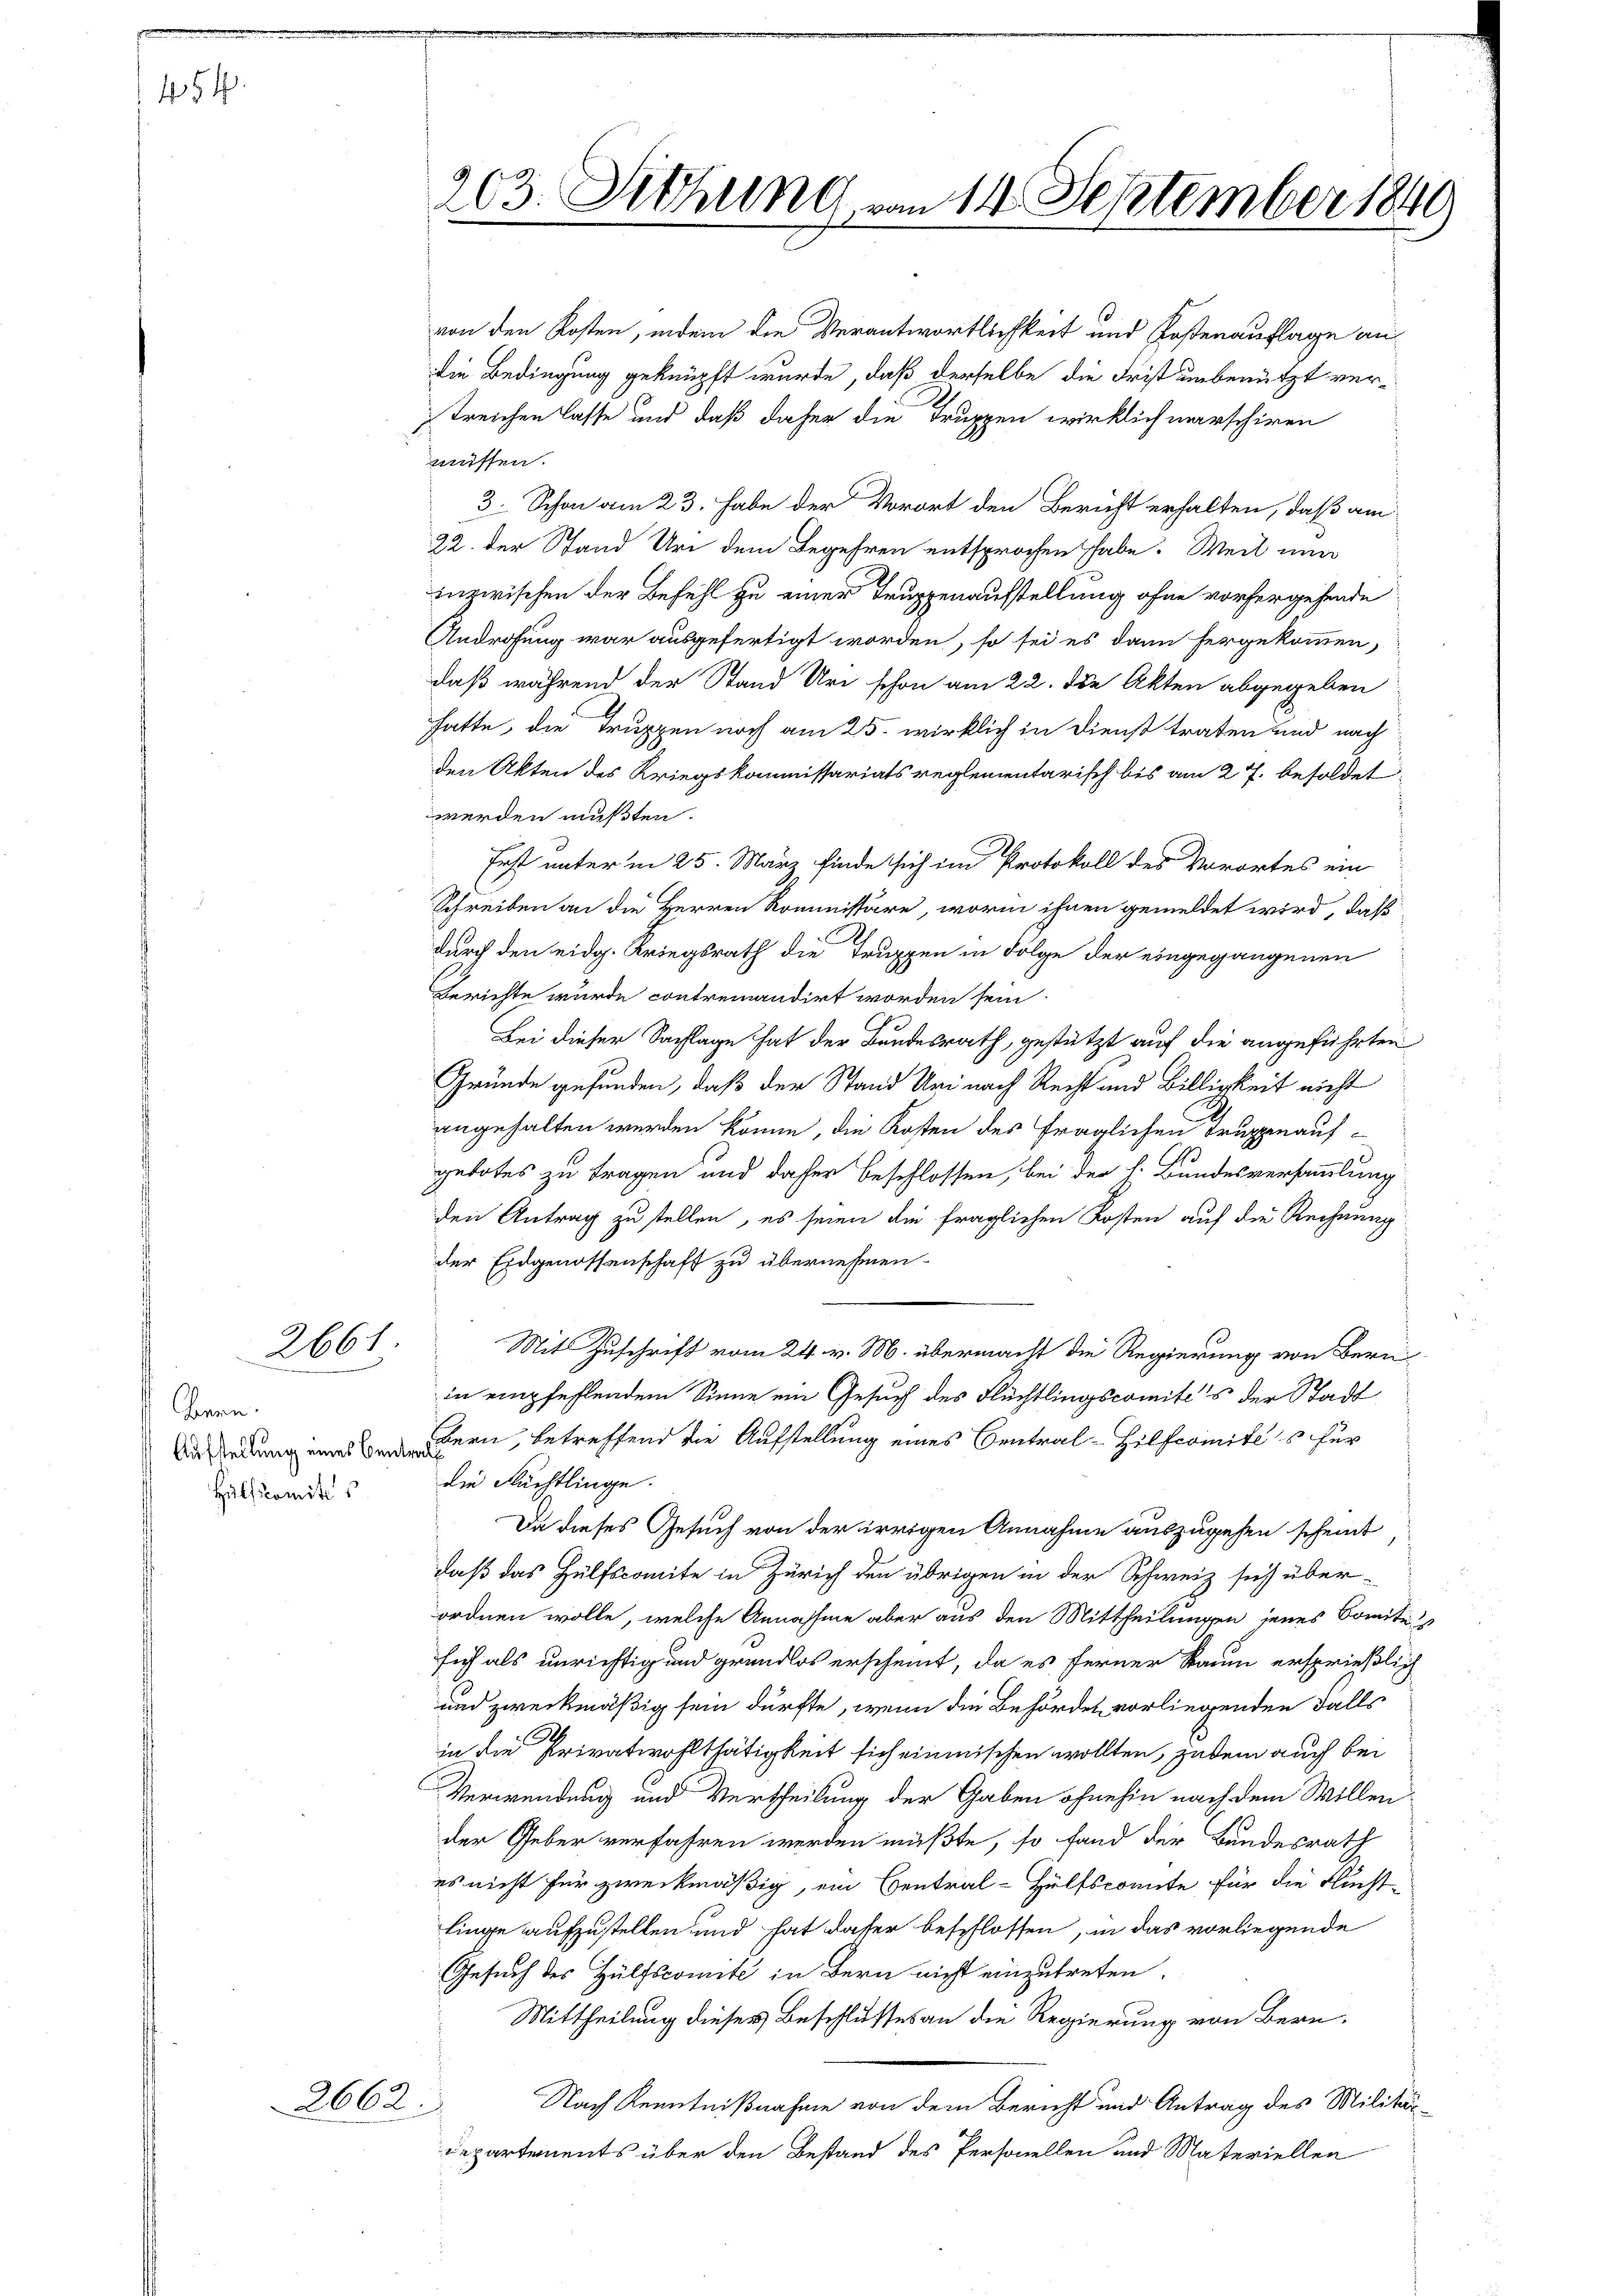
454.

2661

bonnen.
Hülfscomites

von den Kosten, indem die Verantwortlichkeit und Kostenauflage an
die Bedingung geknüpft wurde, daß derselbe die Frist unbenutzt vertreichen lasse und daß daher die Truppen wirklich marschiren
müssen.
3. Schon am 23. habe der Vorort den Bericht erhalten, daß am
22. der Stand Uri dem Begehren entsprochen habe. Weil nun
inzwischen der Befehl zu einer Truppenausstellung ohne vorhergehende
Androhung war ausgefertigt worden, so sei es dann hergekommen,
daß während der Stand Uri schon am 22. Die Akten abgegeben
hatte, die Truppen noch am 25. wirklich in Dienst traten und nach
den Akten des Kriegskommissariats reglementarisch bis am 27. besoldet
werden mußten.
Erst unter in 25. März finde sich im Protokoll des Vorortes ein
Schreiben an die Herren Roministäre, worin ihnen gemeldet wird, daß
durch den eidg. Kriegsrath die Truppen in Folge der eingegangenen
Berichte wurde contremandirt worden sein.
Bei dieser Sachlage hat der Bundesrath, gestützt auf die angeführten
Gründe gefunden, daß der Stand Uri nach Recht und Billigkeit nicht
angehalten werden könne, die Kosten des fraglichen Truppenaufgebotes zu tragen und daher beschlossen, bei der h. Bundesversammlung
den Antrag zu stellen, es seien die fraglichen Kosten auf die Rechnung
der Eidgenossenschaft zu übernehmen.
Mit Zuschrift vom 24. v. M. übermacht die Regierung von Bern
in empfehlendem Sinne ein Gesuch des Flüchtlingscomités der Stadt
D dedung in Bern, betreffend die Aufstellung eines Central- Hilfcomites für
die Flächtlinge.
Da dieses Gesuch von der irrigen Annahme auszugehen scheint
daß das Hülfscomite in Zürich den übrigen in der Schweiz sich über-
ordnen wolle, welche Annahme aber aus den Mittheilungen jenes Comite
sich als unrichtig und grundlos erscheint, da es ferner Raum ersprießlich
und zweckmäßig sein dürfte, wenn die Behörden vorliegenden Falls
.
in die Privatwohlthätigkeit sich einmischen wollten, jedem auch bei
Verwendung und Vertheilung der Gaben ohnehin nach dem Willen
der Geber verfahren werden müßte, so fand der Bundesrath
es nicht für zweckmäßig, ein Central-Hülfscomite für die Flucht-
linge aufzustellen und hat daher beschlossen, in das vorliegende
Gesuch des Hülfscomite in Bern nicht einzutreten.
Mittheilung dieses Beschlusses an die Regierung von Bern,
Nach Kenntnißnahme von dem Bericht und Antrag des Militär-
Departements über den Bestand des Personellen und Materiellen

2662

203. Siehung vom 14. September 1849

1